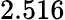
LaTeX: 2.516